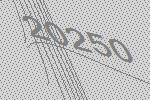
20250